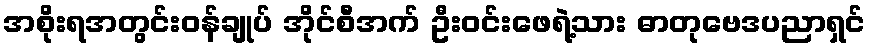
အစိုးရအတွင်းဝန်ချုပ် အိုင်စီအက် ဦးဝင်းဖေရဲ့သား ဓာတုဗေဒပညာရှင်